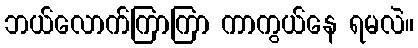
ဘယ်လောက်ကြာကြာ ကာကွယ်နေ ရမလဲ။